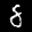
Label: 8